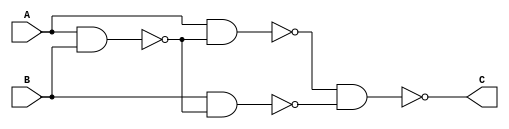
`timescale 1ns / 1ps
//////////////////////////////////////////////////////////////////////////////////
// Company: 
// Engineer: 
// 
// Design Name: 
// Module Name: xor_gate
// Project Name: 
// Target Devices: 
// Tool Versions: 
// Description: 
// 
// Dependencies: 
// 
// Revision:
// Revision 0.01 - File Created
// Additional Comments:
// 
//////////////////////////////////////////////////////////////////////////////////


module xor_gate(input A,
                input B,
                output C

    );
    wire w1,w2,w3;
    assign w1 = ~(A & B);
    assign w2 = ~(A & w1);
    assign w3 = ~(B & w1);
    assign C  = ~(w2 & w3);
endmodule